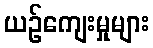
ယဉ်ကျေးမှုများ